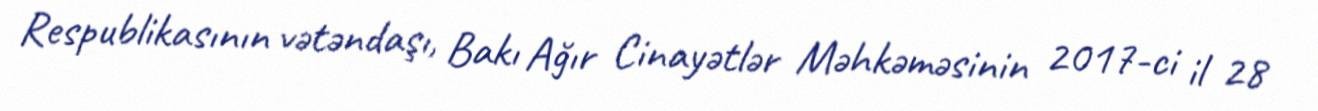
Respublikasının vətəndaşı, Bakı Ağır Cinayətlər Məhkəməsinin 2017-ci il 28